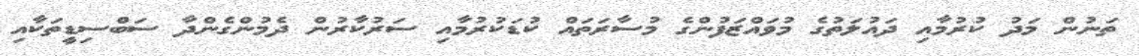
ތަނުން މަދު ކުރުމާއި ދައުލަތުގެ މުވައްޒަފުންގެ މުސާރަތައް ކުޑަކުރުމާއި ސަރުކާރުން ދެމުންގެންދާ ސަބްސިޑީތަކާއި